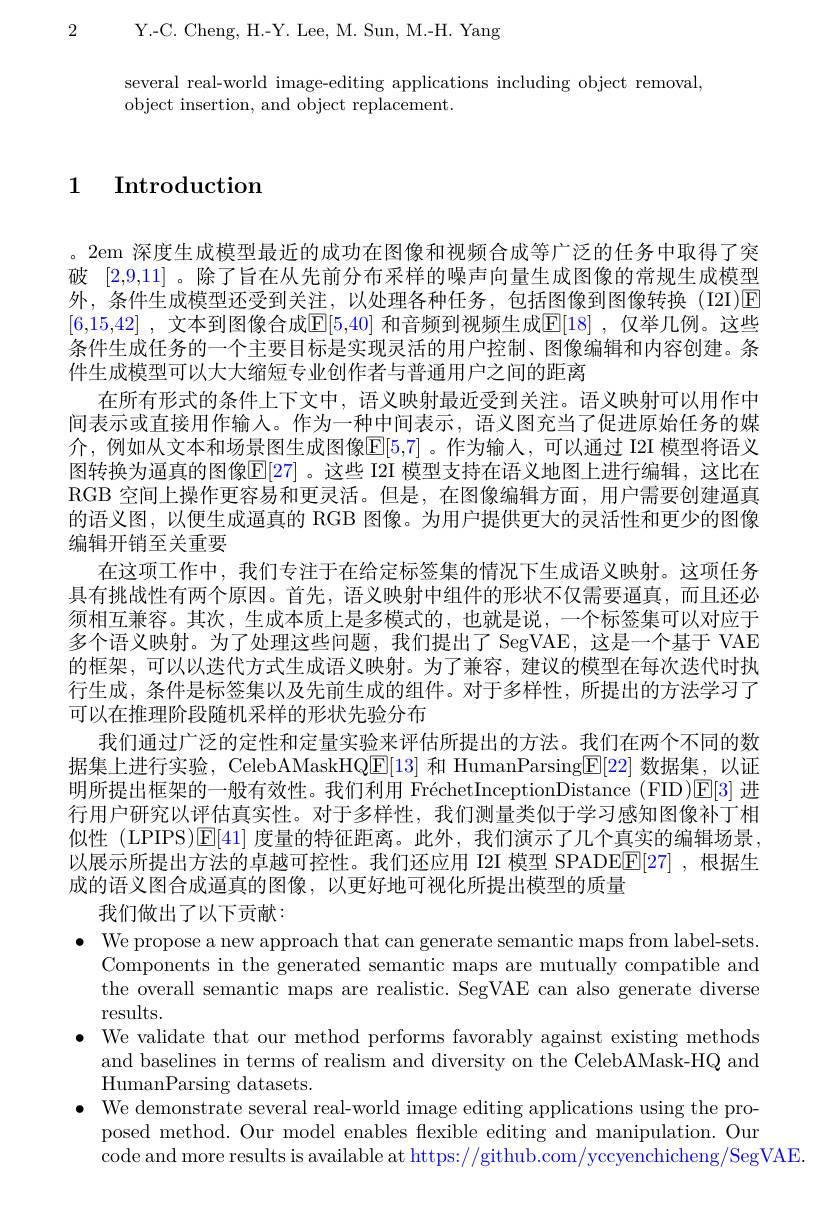
2 Y.-C. Cheng, H.-Y. Lee, M. Sun, M.-H. Yang

several real-world image-editing applications including object removal,
object insertion, and object replacement.

1 Introduction

。2em 深度生成模型最近的成功在图像和视频合成等广泛的任务中取得了突破[2,9,11] 。除了旨在从先前分布采样的噪声向量生成图像的常规生成模型外，条件生成模型还受到关注，以处理各种任务，包括图像到图像转换(I2I)回[6,15,42] ,文本到图像合成$\mathbb{E}[5,40]$ 和音频到视频生成$\mathbb{E}[18]$ ,仅举几例。这些条件生成任务的一个主要目标是实现灵活的用户控制、图像编辑和内容创建。条件生成模型可以大大缩短专业创作者与普通用户之间的距离
在所有形式的条件上下文中，语义映射最近受到关注。语义映射可以用作中间表示或直接用作输入。作为一种中间表示，语义图充当了促进原始任务的媒介，例如从文本和场景图生成图像$\mathbb{E}[5,7]$。作为输人，可以通过 I2I 模型将语义图转换为逼真的图像$\mathbb{E}[27]$ 。这些 I2I 模型支持在语义地图上进行编辑，这比在RGB 空间上操作更容易和更灵活。但是，在图像编辑方面，用户需要创建逼真的语义图，以便生成逼真的 RGB 图像。为用户提供更大的灵活性和更少的图像编辑开销至关重要
在这项工作中，我们专注于在给定标签集的情况下生成语义映射。这项任务具有挑战性有两个原因。首先，语义映射中组件的形状不仅需要逼真，而且还必须相互兼容。其次，生成本质上是多模式的，也就是说，一个标签集可以对应于多个语义映射。为了处理这些问题，我们提出了 SegVAE,这是一个基于 VAE 的框架，可以以迭代方式生成语义映射。为了兼容，建议的模型在每次迭代时执行生成，条件是标签集以及先前生成的组件。对于多样性，所提出的方法学习了可以在推理阶段随机采样的形状先验分布
我们通过广泛的定性和定量实验来评估所提出的方法。我们在两个不同的数据集上进行实验，CelebAMaskHQE[13] 和 HumanParsing[F]22] 数据集，以证明所提出框架的一般有效性。我们利用 FréchetInceptionDistance (FID)[E[3] 进行用户研究以评估真实性。对于多样性，我们测量类似于学习感知图像补丁相似性 (LPIPS)[E[41] 度量的特征距离。此外，我们演示了几个真实的编辑场景， 以展示所提出方法的卓越可控性。我们还应用 I2I 模型 SPADEE[27] ,根据生成的语义图合成逼真的图像，以更好地可视化所提出模型的质量
我们做出了以下贡献：
$\bullet$ We propose a new approach that can generate semantic maps from label-sets
Components in the generated semantic maps are mutually compatible and the overall semantic maps are realistic. SegVAE can also generate diverse results.
$\bullet$ We validate that our method performs favorably against existing methods
and baselines in terms of realism and diversity on the CelebAMask-HQ and
${\mathrm{HumanParsing~datasets.}}$
$\bullet$ We demonstrate several real-world image editing applications using the pro-
posed method. Our model enables flexible editing and manipulation. Our
code and more results is available at https://github.com/yccyenchicheng/SegVAE